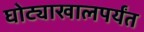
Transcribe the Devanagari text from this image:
घोट्याखालपर्यंत